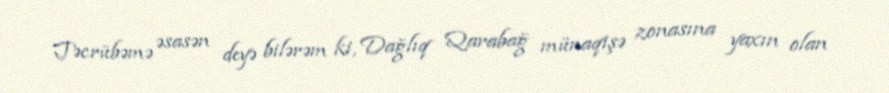
Təcrübəmə əsasən deyə bilərəm ki, Dağlıq Qarabağ münaqişə zonasına yaxın olan